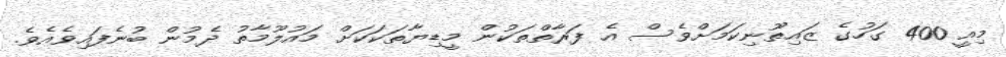
މިއީ 400 ގަހުގެ ޒައިތޫނިކަމަށްވެސް އެ ފަރާތްތަކުން މީޑިޔާތަކަކަށް މައުލޫމާތު ދެމުން ބުނެފައިވެއެވެ.